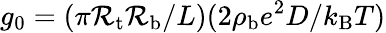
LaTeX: g_{0}=(\pi\mathcal{R}_{\mathrm{{t}}}\mathcal{R}_{\mathrm{{b}}}/L)(2\rho_{\mathrm{{{b}}}}e^{2}D/k_{\mathrm{{B}}}T)